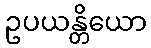
ဥပယန္တိယော